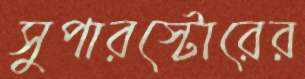
সুপারস্টোরের